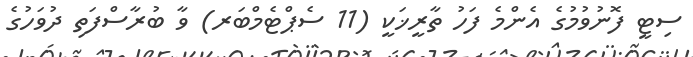
ސިޓީ ފޮނުވުމުގެ އެންމެ ފަހު ތާރީޚަކީ (11 ސެޕްޓެމްބަރ) ވާ ބުރާސްފަތި ދުވަހުގެ